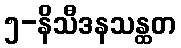
၅-နိသီဒနသန္ထတ